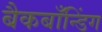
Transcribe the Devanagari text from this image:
बैकबाँन्डिंग